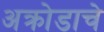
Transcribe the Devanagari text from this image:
अक्रोडाचे